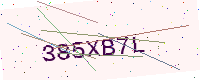
Text: 385XB7L